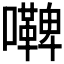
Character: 𭌢